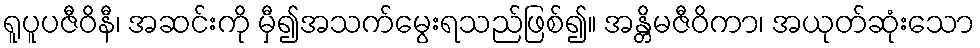
ရူပူပဇီဝိနီ၊ အဆင်းကို မှီ၍အသက်မွေးရသည်ဖြစ်၍။ အန္တိမဇီဝိကာ၊ အယုတ်ဆုံးသော